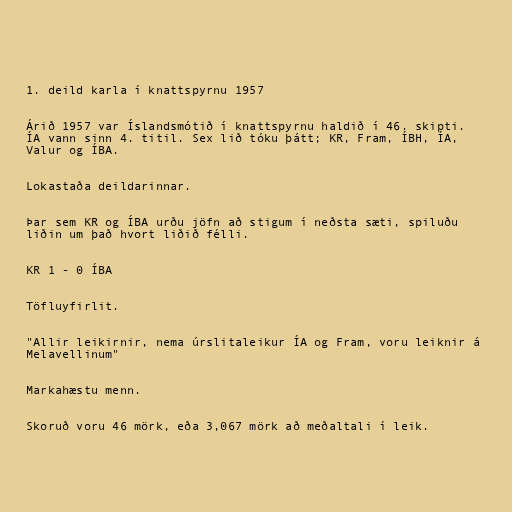
1. deild karla í knattspyrnu 1957

Árið 1957 var Íslandsmótið í knattspyrnu haldið í 46. skipti.
ÍA vann sinn 4. titil. Sex lið tóku þátt; KR, Fram, ÍBH, ÍA,
Valur og ÍBA.

Lokastaða deildarinnar.

Þar sem KR og ÍBA urðu jöfn að stigum í neðsta sæti, spiluðu
liðin um það hvort liðið félli.

KR 1 - 0 ÍBA

Töfluyfirlit.

"Allir leikirnir, nema úrslitaleikur ÍA og Fram, voru leiknir á
Melavellinum"

Markahæstu menn.

Skoruð voru 46 mörk, eða 3,067 mörk að meðaltali í leik.